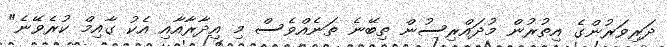
ދަރިވަރުންގެ އިތުރުން މުދައްރިސުން ތިބޭނެ ތަނެއްވެސް މި އިދާރާއާއި އެކު ގާއިމް ކުރެވޭނެ"